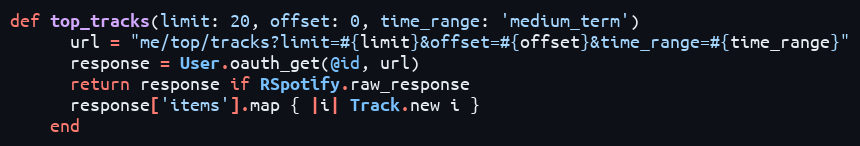
Language: Ruby
def top_tracks(limit: 20, offset: 0, time_range: 'medium_term')
      url = "me/top/tracks?limit=#{limit}&offset=#{offset}&time_range=#{time_range}"
      response = User.oauth_get(@id, url)
      return response if RSpotify.raw_response
      response['items'].map { |i| Track.new i }
    end